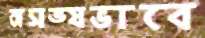
অসভ্যভাবে